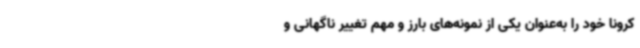
کرونا خود را به‌عنوان یکی از نمونه‌های بارز و مهم تغییر ناگهانی و